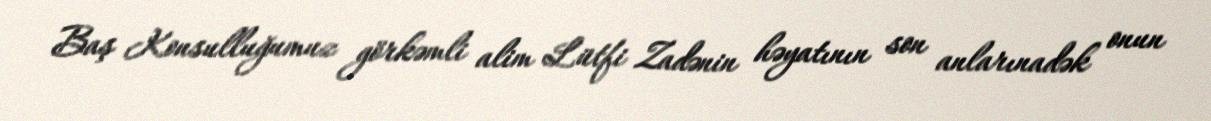
Baş Konsulluğumuz görkəmli alim Lütfi Zadənin həyatının son anlarınadək onun